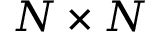
{ N \times N }